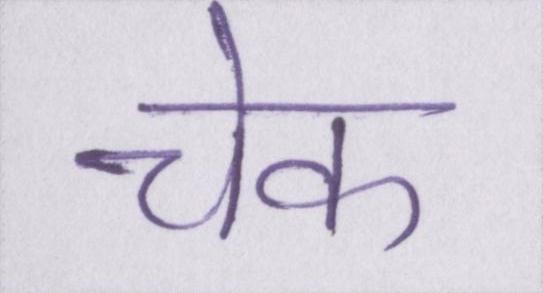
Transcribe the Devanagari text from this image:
चेक